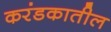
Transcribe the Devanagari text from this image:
करंडकातील